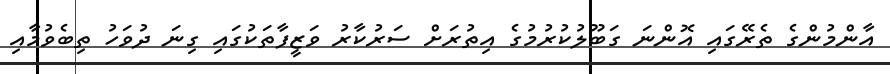
އާންމުންގެ ތެރޭގައި އޮންނަ ގަބޫލުކުރުމުގެ އިތުރަށް ސަރުކާރު ވަޒީފާތަކުގައި ގިނަ ދުވަހު ތިބެވުމާއި